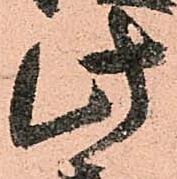
此